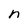
Character: n